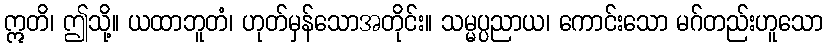
ဣတိ၊ ဤသို့။ ယထာဘူတံ၊ ဟုတ်မှန်သောအတိုင်း။ သမ္မပ္ပညာယ၊ ကောင်းသော မဂ်တည်းဟူသော